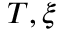
T , \xi